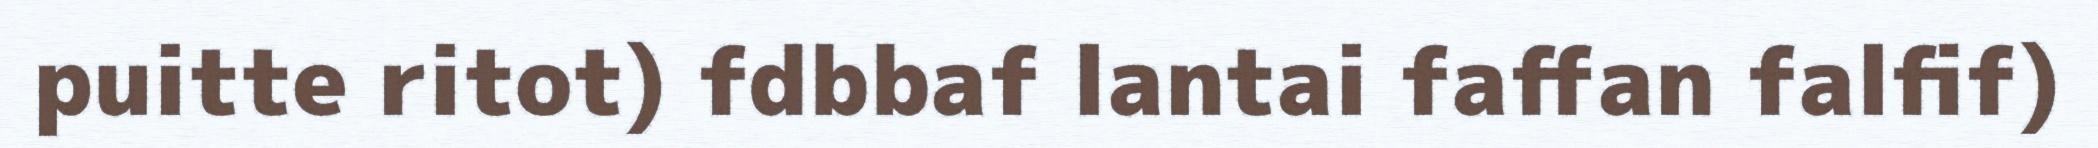
puitte ritot) fdbbaf lantai faffan falfif)